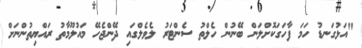
"އަޅުގަނޑު ހަމަ ފާހަގަކޮށްލަން ބޭނުން ހެލްތު ސެންޓަރު ލެވެލްގައި ދޭންޖެހޭ މައުލޫމާތު ރައްޔިތުންނަށް